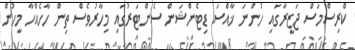
ކްރިސްމަސް ޖަޒީރާގައި ހުންނަ ޚާއްސަ ޑިޓެންޝަން ސެންޓަރުގައި މިހާރުވެސް ތިން ހާހެއްހާ މީހުން